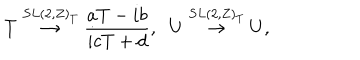
T \stackrel { S L ( 2 , Z ) _ { T } } { \rightarrow } \frac { a T - i b } { i c T + d } , \; \; U \stackrel { S L ( 2 , Z ) _ { T } } { \rightarrow } U ,